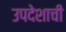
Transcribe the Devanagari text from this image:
उपदेशाची